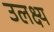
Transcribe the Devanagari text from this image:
उलक्ष्य